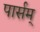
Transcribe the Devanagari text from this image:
पार्सम्